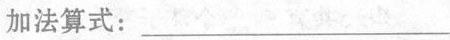
加法算式：___